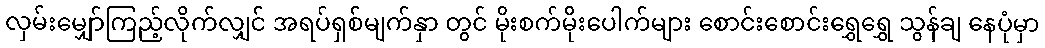
လှမ်းမျှော်ကြည့်လိုက်လျှင် အရပ်ရှစ်မျက်နှာ တွင် မိုးစက်မိုးပေါက်များ စောင်းစောင်းရွှေရွှေ သွန်ချ နေပုံမှာ